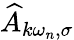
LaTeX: \widehat{A}_{k\omega_{n},\sigma}